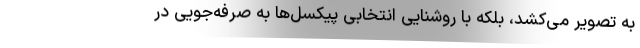
به تصویر می‌کشد، بلکه با روشنایی انتخابی پیکسل‌ها به صرفه‌جویی در